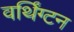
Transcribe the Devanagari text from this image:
वर्थिंग्टन